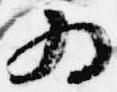
為